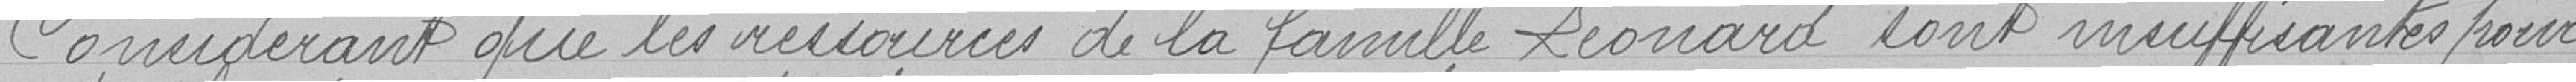
Considérant que les ressources de la famille Léonard sont insuffisantes pour